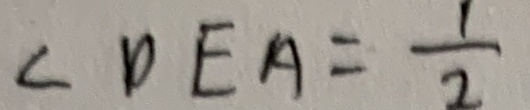
\angle D E A = \frac { 1 } { 2 }